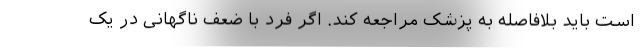
است باید بلافاصله به پزشک مراجعه کند. اگر فرد با ضعف ناگهانی در یک